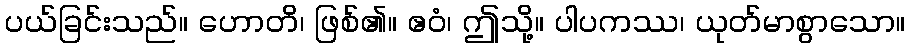
ပယ်ခြင်းသည်။ ဟောတိ၊ ဖြစ်၏။ ဧဝံ၊ ဤသို့။ ပါပကဿ၊ ယုတ်မာစွာသော။